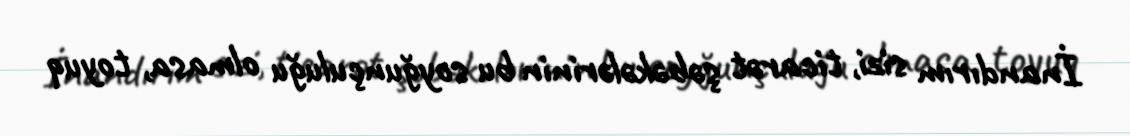
İnandırım sizi, ticarət şəbəkələrinin bu soyğunçuluğu olmasa, toyuq